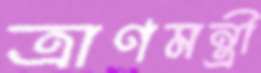
ত্রাণমন্ত্রী